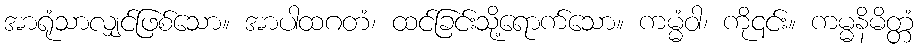
အာရုံသာလျှင်ဖြစ်သော။ အာပါထဂတံ၊ ထင်ခြင်းသို့ရောက်သော။ ကမ္မံဝါ၊ ကို၎င်း။ ကမ္မနိမိတ္တံ